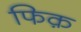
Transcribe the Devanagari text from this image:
फिक़